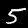
Label: 5